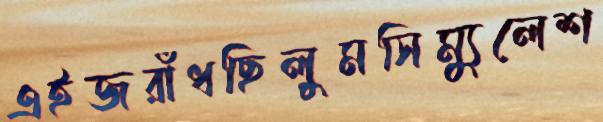
এইজরাঁধছিলুমসিম্যুলেশ